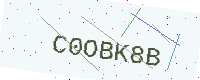
Text: C0OBK8B